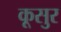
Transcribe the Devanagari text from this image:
कूसुर